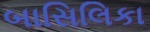
બાસિલિકા